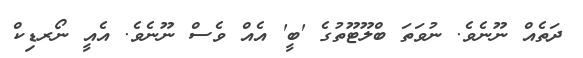
ދަތެއް ނޫނެވެ. ނުވަތަ ބްލޫޓޫތުގެ 'ބީ' އެއް ވެސް ނޫނެވެ. އެއީ ނޯރޑިކް